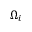
\Omega _ { i }